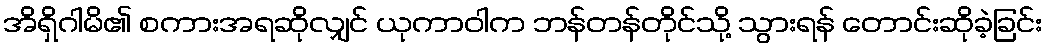
အိရှိဂါမိ၏ စကားအရဆိုလျှင် ယုကာဝါက ဘန်တန်တိုင်သို့ သွားရန် တောင်းဆိုခဲ့ခြင်း